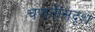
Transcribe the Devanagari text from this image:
चपातीसदृश